Vaccination in Bombay 1863-1868 - 1863-1868
Year: 1863
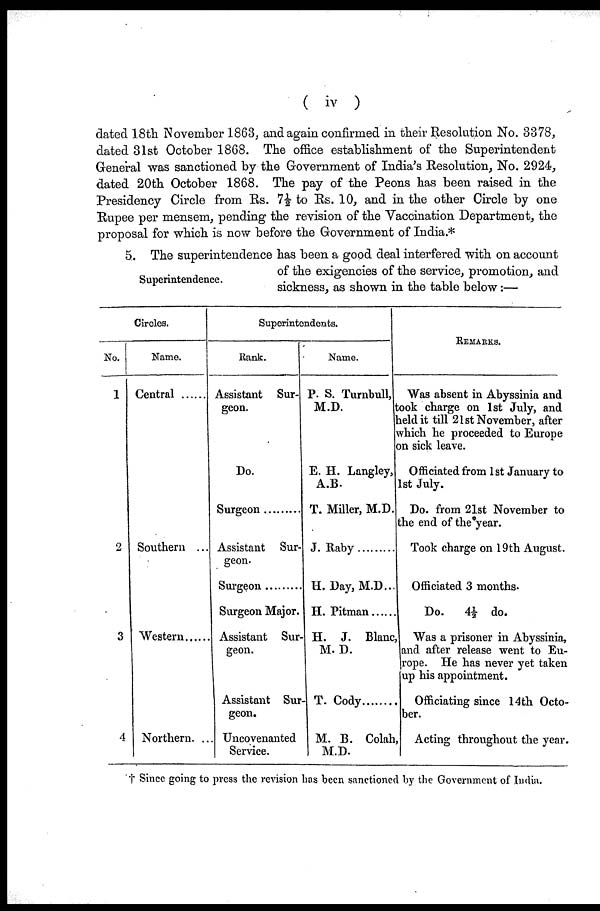
( iv )
dated 18th November 1863, and again confirmed in their Resolution No. 3378,
dated 31st October 1868. The office establishment of the Superintendent
General was sanctioned by the Government of India's Resolution, No. 2924,
dated 20th October 1868. The pay of the Peons has been raised in the
Presidency Circle from Rs. 7½ to Rs. 10, and in the other Circle by one
Rupee per mensem, pending the revision of the Vaccination Department, the
proposal for which is now before the Government of India.*
Superintendence.
5. The superintendence has been a good deal interfered with on account
of the exigencies of the service, promotion, and
sickness, as shown in the table below:—
Circles.
No.
1
2
3
4
Name.
Central .......
Southern ...
Western .......
Northern....
Superintendents.
Bank.
Assistant Sur-
geon.
Do.
Surgeon ............
Assistant Sur-
geon.
Surgeon ............
Surgeon Major.
Assistant Sur-
geon.
Assistant Sur-
geon.
Uncovenanted
Service.
Name.
P. S. Turnbull,
M.D.
E. H. Langley,
A.B.
T. Miller, M.D.
J. Raby
H. Day, M.D...
H. Pitman ......
H. J. Blanc,
M. D.
T. Cody ..........
M. B. Colah
M.D.
REMARKS.
Was absent in Abyssinia and
took charge on 1st July, and
held it till 21st November, after
which he proceeded to Europe
on sick leave.
Officiated from 1st January to
1st July.
Do. from 21st November to
the end of the year.
Took charge on 19th August.
Officiated 3 months.
Do.
4½ do.
Was a prisoner in Abyssinia,
and after release went to Eu-
rope. He has never yet taken
up his appointment.
Officiating since 14th Octo-
ber.
Acting throughout the year.
† Since going to press the revision has been sanctioned by the Government of India.